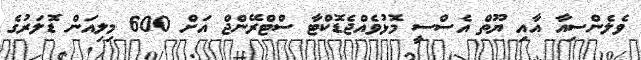
ވެލެންސިއާ އާއި ޔޫތް އެސްސީ މޮޅުވެއްޖެޑޮކްޓާ ސްޓްރޭންޖް އަށް 600 މިލިއަން ޑޮލަރުގެ